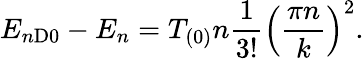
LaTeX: E_{n\mathrm{D0}}-E_{n}=T_{(0)}n{\frac{1}{3!}}\left({\frac{\pi n}{k}}\right)^{2}.